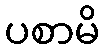
ပစာမိ